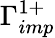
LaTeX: \Gamma_{imp}^{1+}